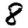
Digit: 8